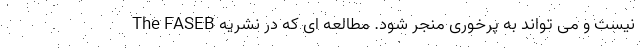
نیست و می تواند به پرخوری منجر شود. مطالعه ای که در نشریه The FASEB